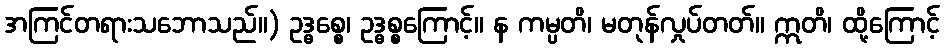
အကြင်တရားသဘောသည်။) ဥဒ္ဓစ္စေ၊ ဥဒ္ဓစ္စကြောင့်။ န ကမ္ပတိ၊ မတုန်လှုပ်တတ်။ ဣတိ၊ ထို့ကြောင့်